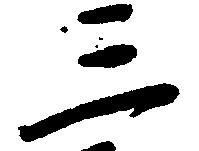
三